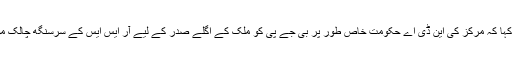
شیوسینا کے رکن پارلیمنٹ اور پارٹی کے ترجمان اخبار 'سامنا' کے ایگزیکٹو ایڈیٹر سنجے راوت نے کہا کہ مرکز کی این ڈی اے حکومت خاص طور پر بی جے پی کو ملک کے اگلے صدر کے لیے آر ایس ایس کے سرسنگھ چالک موہن بھاگوت کے نام پر غور کرنا چاہئے، اگر وہ 'ہندو راشٹر' کے اپنے خواب کو پورا کرنا چاہتے ہیں۔